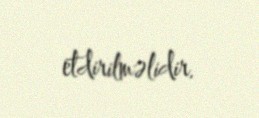
etdirilməlidir.